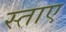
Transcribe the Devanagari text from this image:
स्ताए